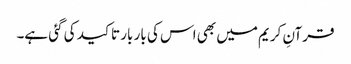
قرآنِ کریم میں بھی اس کی بار بار تاکید کی گئی ہے۔